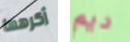
أكرهها ديم